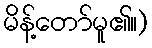
မိန့်တော်မူ၏။)